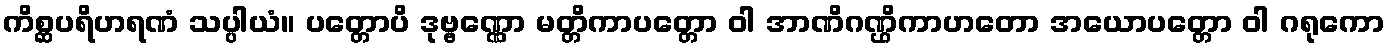
ကိစ္ဆပရိဟရဏံ သပ္ပါယံ။ ပတ္တောပိ ဒုဗ္ဗဏ္ဏော မတ္တိကာပတ္တော ဝါ အာဏိဂဏ္ဌိကာဟတော အယောပတ္တော ဝါ ဂရုကော